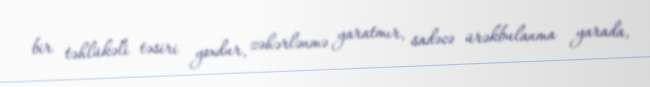
bir təhlükəli təsiri yoxdur, zəhərlənmə yaratmır, sadəcə ürəkbulanma yarada,